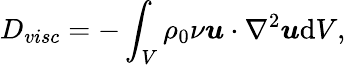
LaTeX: D_{visc}=-\int_{V}\rho_{0}\nu\boldsymbol{u}\cdot\nabla^{2}\boldsymbol{u}\mathrm{d}V,